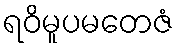
ရဝိမူပမတေဇံ